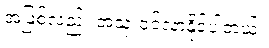
အဖြစ်လည်း အသုံးဝင်လာနိုင်ပါတယ်။